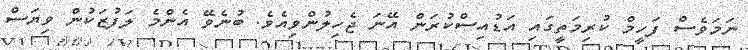
ނަމަވެސް ފަހީމް ކުރިމަތީގައި އަޑުއިސްކުރަން އޭނަ ޖެހިލުންވިއެވެ. ބުނެވޭ އެންމެ ލަފުޒަކުން ވިޔަސް